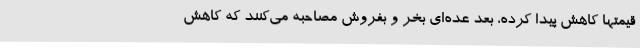
قیمتها کاهش پیدا کرده، بعد عده‌ای بخر و بفروش مصاحبه می‌کنند که کاهش